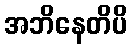
အဘိနေတိပိ